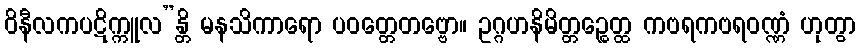
ဝိနီလကပဋိက္ကူလ”န္တိ မနသိကာရော ပဝတ္တေတဗ္ဗော။ ဥဂ္ဂဟနိမိတ္တဉ္စေတ္ထ ကဗရကဗရဝဏ္ဏံ ဟုတွာ